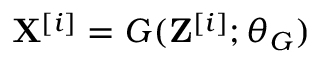
\mathbf { X } ^ { [ i ] } = G ( \mathbf { Z } ^ { [ i ] } ; \theta _ { G } )